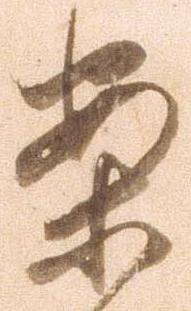
案